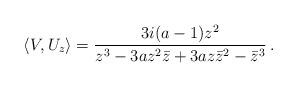
LaTeX: \begin{align*}\langle V, U_z \rangle = \frac{3i(a-1)z^2}{z^3 - 3az^2{\bar z} +3az{\bar z}^2 -{\bar z}^3}\,.\end{align*}